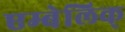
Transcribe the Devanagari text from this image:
एम्बेलिक्